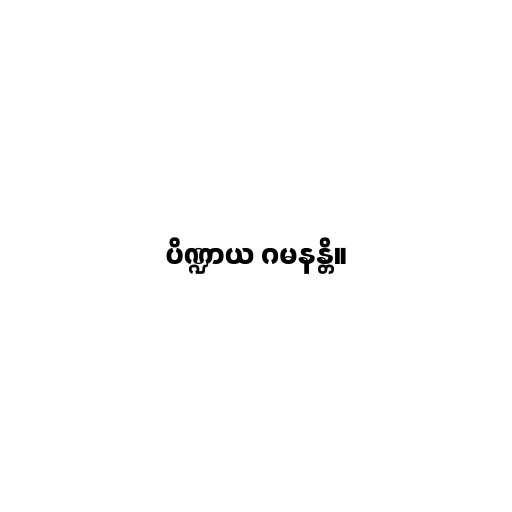
ပိဏ္ဍာယ ဂမနန္တိ။